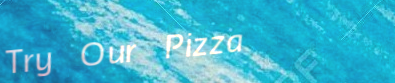
Try Our Pizza